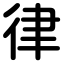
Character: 律